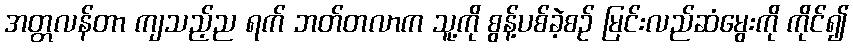
အတ္တလန်တာ ကျသည့်ည ရက် ဘတ်တလာက သူ့ကို စွန့်ပစ်ခဲ့စဉ် မြင်းလည်ဆံမွေးကို ကိုင်၍